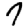
Digit: 7